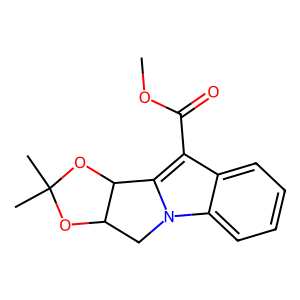
SMILES: COC(=O)c1c2n(c3ccccc13)CC1OC(C)(C)OC21
Inhibits HIV replication: No